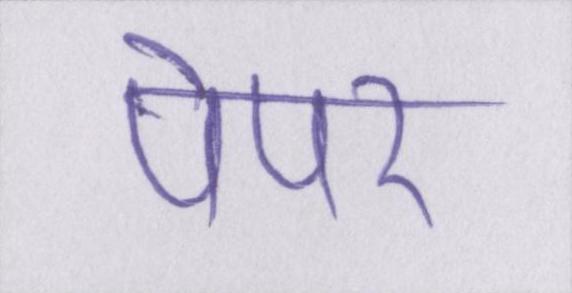
पेपर